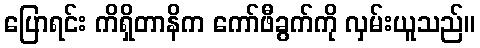
ပြောရင်း ကိရှိတာနိက ကော်ဖီခွက်ကို လှမ်းယူသည်။